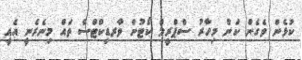
ކުޅެން ވެގެން ކަން މިހާރު ސްޕްރީމް ކޯޓުން ވާރޑިކްޓްސް ތައް މިނެރެނީ އެއީ